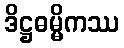
ဒိဋ္ဌဓမ္မိကဿ